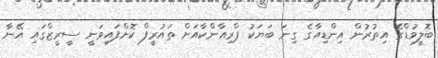
ބޮލީވުޑްގެ އިތުރުން އިންޑިއާގެ ގިނަ ބަޔަކު ޕްރިއާންކާއަށް ތައުރީފް ކޮށްފައިވަނީ ސީރީޒްގައި އޭނާ